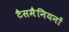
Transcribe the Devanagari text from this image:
टैसमैनियनों